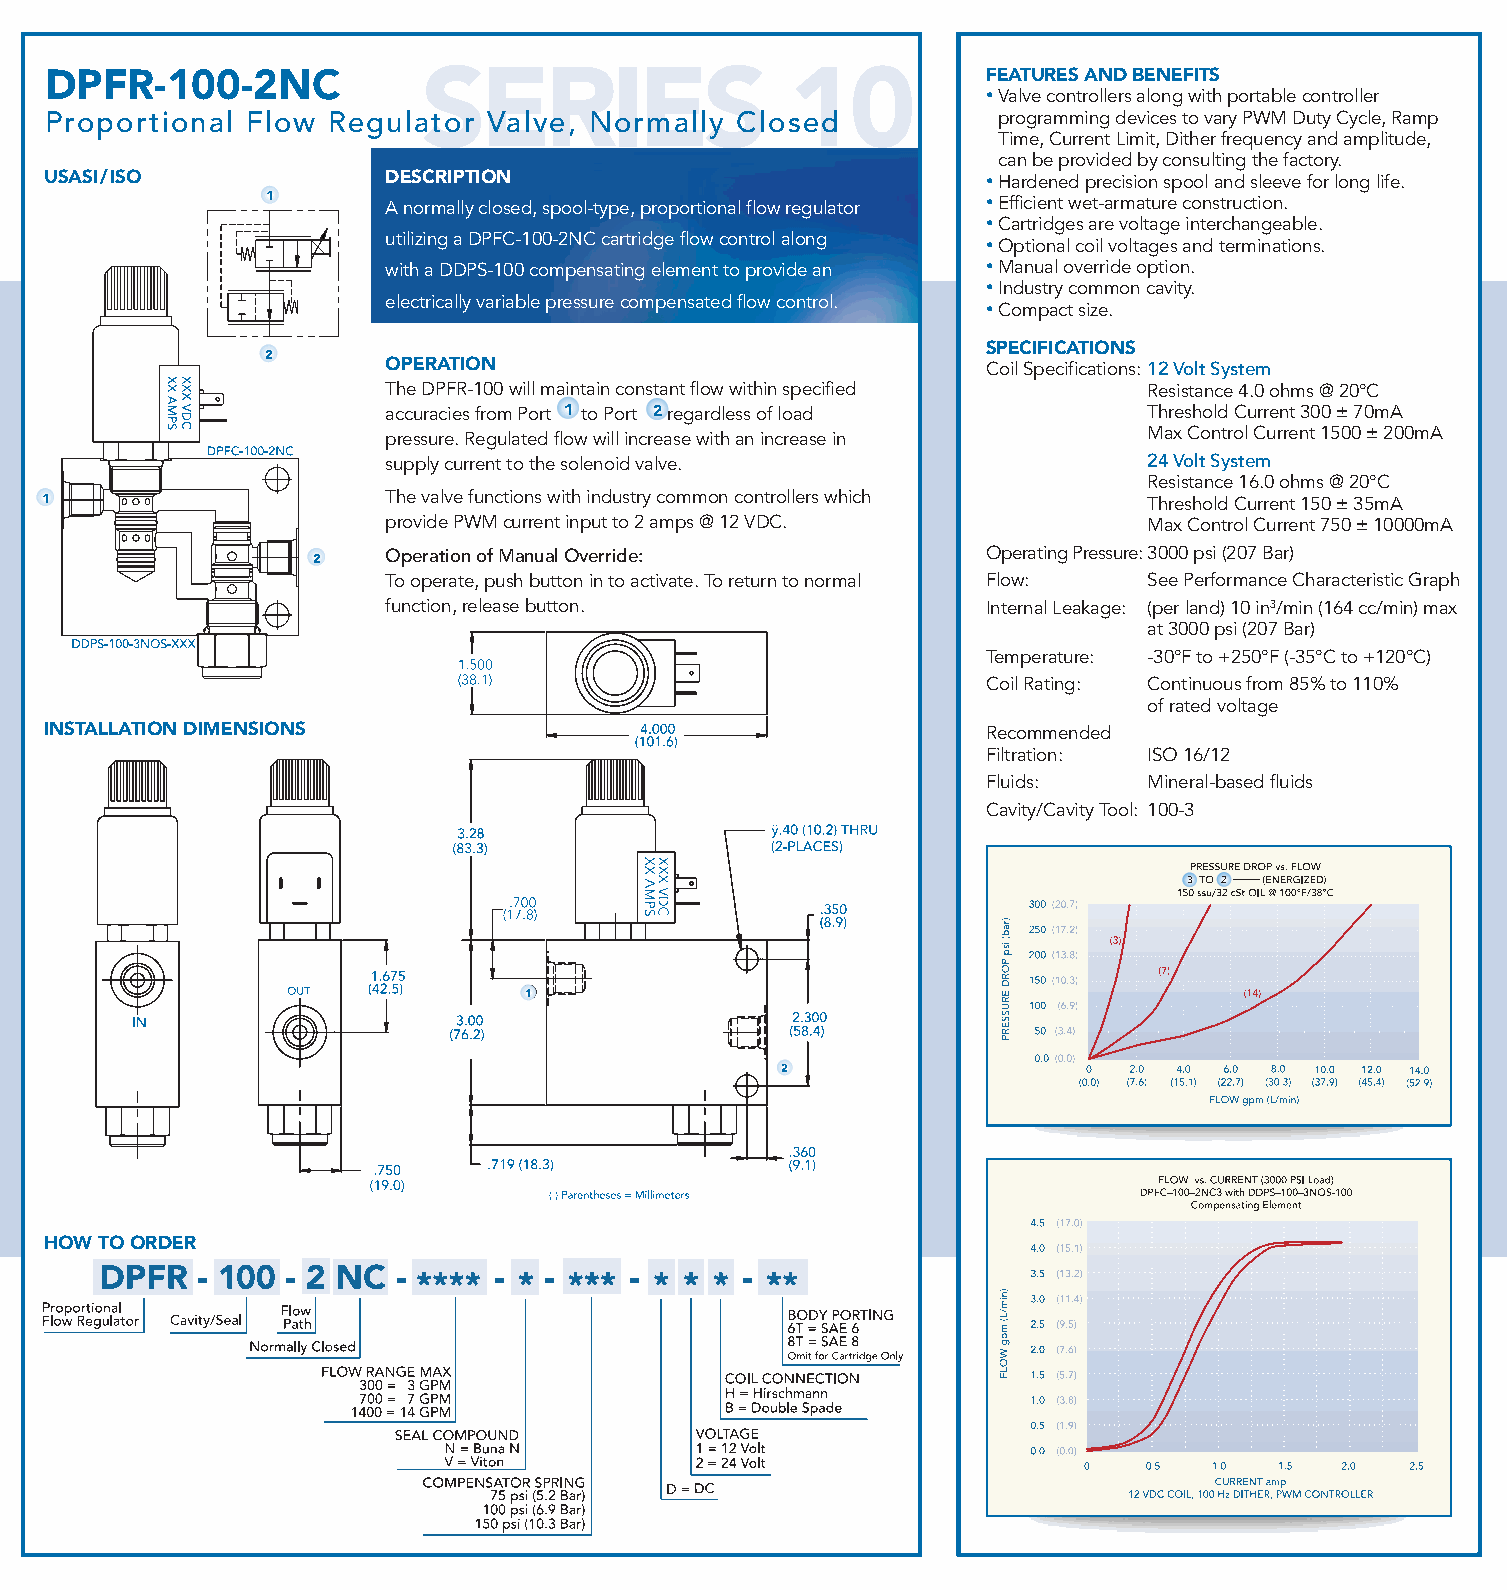
DPFR-100-2NC                                                   FEATURES AND BENEFITS
 SERIES                  10            •Valve controllers along with portable controller
 Proportional  Flow Regulator  Valve, Normally Closed           programming devices to vary PWM Duty Cycle, Ramp
 Time, Current Limit, Dither frequency and amplitude,
 can be provided by consulting the factory.
 USASI/ISO              DESCRIPTION                             •Hardened precision spool and sleeve for long life.
 1       A normally closed, spool-type, proportional flow regulator •Efficient wet-armature construction.
 •Cartridges are voltage interchangeable.
 utilizing a DPFC-100-2NC cartridge flow control along
 •Optional coil voltages and terminations.
 with a DDPS-100 compensating element to provide an •Manual override option.
 •Industry common cavity.
 electrically variable pressure compensated flow control.
 •Compact size.
 SPECIFICATIONS
 2
 OPERATION                               Coil Specifications: 12 Volt System
 The DPFR-100 will maintain constant flow within specified Resistance 4.0 ohms @ 20°C
 accuracies from Port 1 to Port 2 regardless of load Threshold Current 300 ± 70mA
 pressure. Regulated flow will increase with an increase in Max Control Current 1500 ± 200mA
 supply current to the solenoid valve.             24 Volt System
 Resistance 16.0 ohms @ 20°C
 1                      The valve functions with industry common controllers which Threshold Current 150 ± 35mA
 provide PWM current input to 2 amps @ 12 VDC.     Max Control Current 750 ± 10000mA
 2    Operation of Manual Override:           Operating Pressure:3000 psi (207 Bar)
 To operate, push button in to activate. To return to normal Flow: See Performance Characteristic Graph
 function, release button.               Internal Leakage: (per land) 10 in3/min (164 cc/min) max
 at 3000 psi (207 Bar)
 Temperature: -30°F to +250°F (-35°C to +120°C)
 Coil Rating: Continuous from 85% to 110%
 of rated voltage
 INSTALLATION DIMENSIONS                                        Recommended
 Filtration: ISO 16/12
 Fluids:   Mineral-based fluids
 Cavity/Cavity Tool: 100-3
 1
 2
 HOW TO ORDER